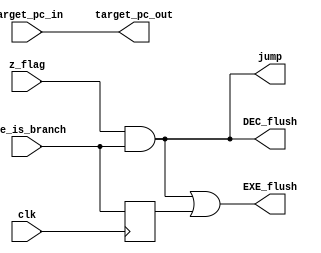
//////////////////////////////////////////////////////////////////////////////////
// Description: Next PC calculation, considering branched 
//////////////////////////////////////////////////////////////////////////////////
module PCGen(
	input clk,
	input exe_is_branch,           // Shows if instruction in EXE stage is branch
	input z_flag,                  // Shows if branch is taken
	input [31:0] target_pc_in,     // Branch target 
	output jump,                   // Forces Fetch stage to jump to tagrget_pc				
	output [31:0] target_pc_out,   // 
	output EXE_flush,              // Determines if EXE stage must be flushed
	output DEC_flush               // Determines if DEC stage must be flushed
);

	reg EXE_flush_reg;
	always @(posedge clk) begin 
		EXE_flush_reg <= exe_is_branch;         // One-cycle delayed flush for EXE stage
	end

	assign 	jump = z_flag & exe_is_branch;      // Jump to target_pc if branch is taken and intruction in EXE is branch
	assign	EXE_flush = jump | EXE_flush_reg;   // Flush EXE stage for two cycles
	assign	DEC_flush = jump;                   // Flush DEC stage 
	assign	target_pc_out = target_pc_in;       // Pass the target branch calculated in PC to FETCH

endmodule